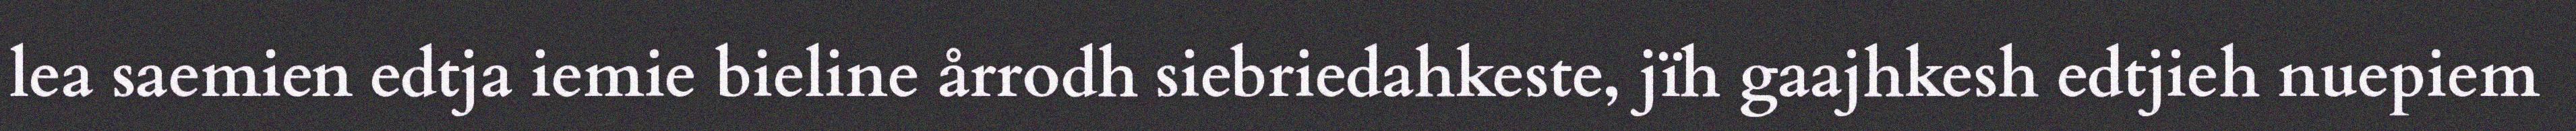
lea saemien edtja iemie bieline årrodh siebriedahkeste, jïh gaajhkesh edtjieh nuepiem